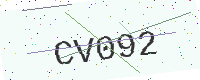
Text: CV092